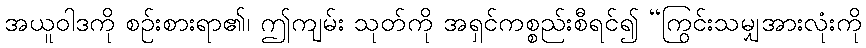
အယူဝါဒကို စဉ်းစားရာ၏၊ ဤကျမ်း သုတ်ကို အရှင်ကစ္စည်းစီရင်၍ “ကြွင်းသမျှအားလုံးကို